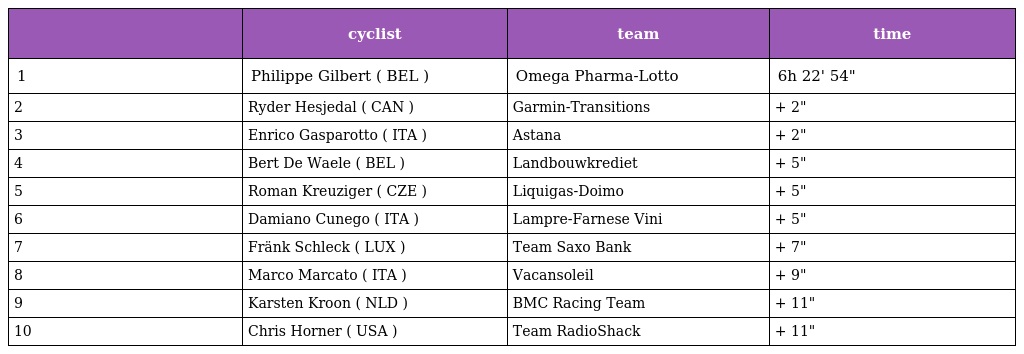
|  | cyclist | team | time |
 | --- | --- | --- | --- |
 | 1 | Philippe Gilbert ( BEL ) | Omega Pharma-Lotto | 6h 22' 54" |
 | 2 | Ryder Hesjedal ( CAN ) | Garmin-Transitions | + 2" |
 | 3 | Enrico Gasparotto ( ITA ) | Astana | + 2" |
 | 4 | Bert De Waele ( BEL ) | Landbouwkrediet | + 5" |
 | 5 | Roman Kreuziger ( CZE ) | Liquigas-Doimo | + 5" |
 | 6 | Damiano Cunego ( ITA ) | Lampre-Farnese Vini | + 5" |
 | 7 | Fränk Schleck ( LUX ) | Team Saxo Bank | + 7" |
 | 8 | Marco Marcato ( ITA ) | Vacansoleil | + 9" |
 | 9 | Karsten Kroon ( NLD ) | BMC Racing Team | + 11" |
 | 10 | Chris Horner ( USA ) | Team RadioShack | + 11" |